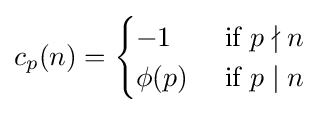
c_{p}(n)={\begin{cases}-1&{\mbox{  if }}p\nmid n\\\phi (p)&{\mbox{  if }}p\mid n\\\end{cases}}